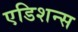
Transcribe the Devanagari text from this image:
एडिशन्स